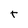
Character: t